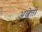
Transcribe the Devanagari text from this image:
अल्बेर्तो